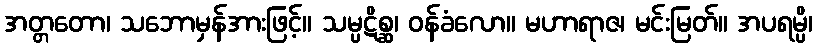
အတ္တတော၊ သဘောမှန်အားဖြင့်။ သမ္ပဋိစ္ဆ၊ ဝန်ခံလော။ မဟာရာဇ၊ မင်းမြတ်။ အပရမ္ပိ၊